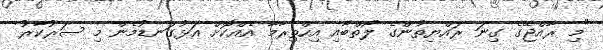
"މި ރާއްޖޭގެ ގިނަ ރައްޔިތުންގެ ލޯތްބާއި އިހްތިރާމާ އެއްކޮށް އަޅުގަނޑުމެން މި ސަރުކާރު